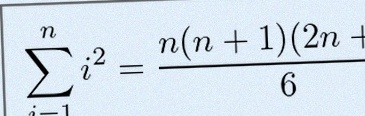
\sum_{i=1}^{n}i^2=\frac{n(n+1)(2n+1)}6